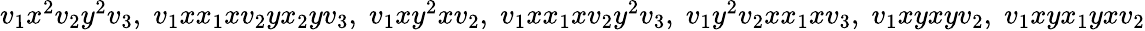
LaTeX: \begin{array}{r}{v_{1}x^{2}v_{2}y^{2}v_{3},\; v_{1}xx_{1}xv_{2}yx_{2}yv_{3},\; v_{1}xy^{2}xv_{2},\; v_{1}xx_{1}xv_{2}y^{2}v_{3},\; v_{1}y^{2}v_{2}xx_{1}xv_{3},\; v_{1}xyxyv_{2},\; v_{1}xyx_{1}yxv_{2}}\end{array}